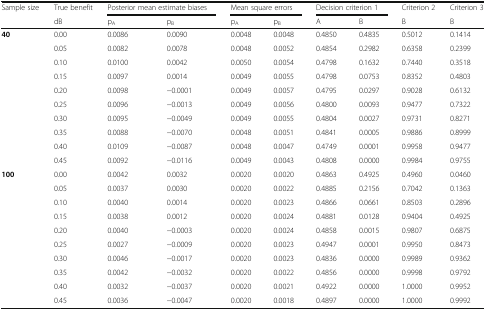
<table><thead><tr><td><b>Sample size</b></td><td><b>True benefit</b></td><td colspan="2"><b>Posterior mean estimate biases</b></td><td colspan="2"><b>Mean square errors</b></td><td colspan="2"><b>Decision criterion 1</b></td><td><b>Criterion 2</b></td><td><b>Criterion 3</b></td></tr><tr><td></td><td><b>dB</b></td><td><b>p<sub>A</sub></b></td><td><b>p<sub>B</sub></b></td><td><b>p<sub>A</sub></b></td><td><b>p<sub>B</sub></b></td><td><b>A</b></td><td><b>B</b></td><td><b>B</b></td><td><b>B</b></td></tr></thead><tbody><tr><td><b>40</b></td><td>0.00</td><td>0.0086</td><td>0.0090</td><td>0.0048</td><td>0.0048</td><td>0.4850</td><td>0.4835</td><td>0.5012</td><td>0.1414</td></tr><tr><td></td><td>0.05</td><td>0.0082</td><td>0.0078</td><td>0.0048</td><td>0.0052</td><td>0.4854</td><td>0.2982</td><td>0.6358</td><td>0.2399</td></tr><tr><td></td><td>0.10</td><td>0.0100</td><td>0.0042</td><td>0.0050</td><td>0.0054</td><td>0.4798</td><td>0.1632</td><td>0.7440</td><td>0.3518</td></tr><tr><td></td><td>0.15</td><td>0.0097</td><td>0.0014</td><td>0.0049</td><td>0.0055</td><td>0.4798</td><td>0.0753</td><td>0.8352</td><td>0.4803</td></tr><tr><td></td><td>0.20</td><td>0.0098</td><td>−0.0001</td><td>0.0049</td><td>0.0057</td><td>0.4795</td><td>0.0297</td><td>0.9028</td><td>0.6132</td></tr><tr><td></td><td>0.25</td><td>0.0096</td><td>−0.0013</td><td>0.0049</td><td>0.0056</td><td>0.4800</td><td>0.0093</td><td>0.9477</td><td>0.7322</td></tr><tr><td></td><td>0.30</td><td>0.0095</td><td>−0.0049</td><td>0.0049</td><td>0.0055</td><td>0.4804</td><td>0.0027</td><td>0.9731</td><td>0.8271</td></tr><tr><td></td><td>0.35</td><td>0.0088</td><td>−0.0070</td><td>0.0048</td><td>0.0051</td><td>0.4841</td><td>0.0005</td><td>0.9886</td><td>0.8999</td></tr><tr><td></td><td>0.40</td><td>0.0109</td><td>−0.0087</td><td>0.0048</td><td>0.0047</td><td>0.4749</td><td>0.0001</td><td>0.9958</td><td>0.9477</td></tr><tr><td></td><td>0.45</td><td>0.0092</td><td>−0.0116</td><td>0.0049</td><td>0.0043</td><td>0.4808</td><td>0.0000</td><td>0.9984</td><td>0.9755</td></tr><tr><td><b>100</b></td><td>0.00</td><td>0.0042</td><td>0.0032</td><td>0.0020</td><td>0.0020</td><td>0.4863</td><td>0.4925</td><td>0.4960</td><td>0.0460</td></tr><tr><td></td><td>0.05</td><td>0.0037</td><td>0.0030</td><td>0.0020</td><td>0.0022</td><td>0.4885</td><td>0.2156</td><td>0.7042</td><td>0.1363</td></tr><tr><td></td><td>0.10</td><td>0.0040</td><td>0.0014</td><td>0.0020</td><td>0.0023</td><td>0.4866</td><td>0.0661</td><td>0.8503</td><td>0.2896</td></tr><tr><td></td><td>0.15</td><td>0.0038</td><td>0.0012</td><td>0.0020</td><td>0.0024</td><td>0.4881</td><td>0.0128</td><td>0.9404</td><td>0.4925</td></tr><tr><td></td><td>0.20</td><td>0.0040</td><td>−0.0003</td><td>0.0020</td><td>0.0024</td><td>0.4858</td><td>0.0015</td><td>0.9807</td><td>0.6875</td></tr><tr><td></td><td>0.25</td><td>0.0027</td><td>−0.0009</td><td>0.0020</td><td>0.0023</td><td>0.4947</td><td>0.0001</td><td>0.9950</td><td>0.8473</td></tr><tr><td></td><td>0.30</td><td>0.0046</td><td>−0.0017</td><td>0.0020</td><td>0.0023</td><td>0.4836</td><td>0.0000</td><td>0.9989</td><td>0.9362</td></tr><tr><td></td><td>0.35</td><td>0.0042</td><td>−0.0032</td><td>0.0020</td><td>0.0022</td><td>0.4856</td><td>0.0000</td><td>0.9998</td><td>0.9792</td></tr><tr><td></td><td>0.40</td><td>0.0032</td><td>−0.0037</td><td>0.0020</td><td>0.0021</td><td>0.4922</td><td>0.0000</td><td>1.0000</td><td>0.9952</td></tr><tr><td></td><td>0.45</td><td>0.0036</td><td>−0.0047</td><td>0.0020</td><td>0.0018</td><td>0.4897</td><td>0.0000</td><td>1.0000</td><td>0.9992</td></tr></tbody></table>